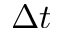
\Delta t